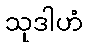
သုဒါဟံ